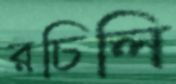
রচিলি